Indian journal of veterinary science and animal husbandry - Volume 11,
Year: 1941
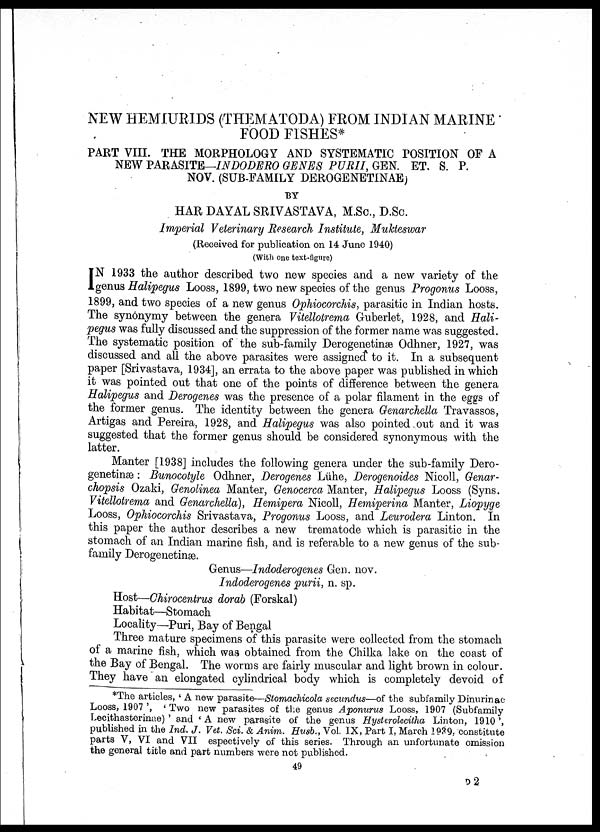
NEW HEMIURIDS (THEMATODA) FROM INDIAN MARINE
FOOD FISHES*
PART VIII. THE MORPHOLOGY AND SYSTEMATIC POSITION OF A
NEW PARASITE—INDODERO GENES PURII, GEN. ET. S. P.
NOV. (SUB-FAMILY DEROGENETITNAE)
BY
HAR DAYAL SRIVASTAVA, M. Sc., D. Sc.
Imperial Ve
(Received for publication on 14 June 1940)
(With one text-figure)
I N 1933 the author described two new species and a new variety of the
genus Halipegus Looss, 1899, two new species of the genus Progonus Looss,
1899, and two species of a new genus Ophiocorchis, parasitic in Indian hosts.
The synonymy between the genera Vitellotrema Guberlet, 1928, and Hali-
pegus was fully discussed and the suppression of the former name was suggested.
The systematic position of the sub-family Derogenetinæ Odhner, 1927, was
discussed and all the above parasites were assigned to it. In a subsequent
paper [Srivastava, 1934], an errata to the above paper was published in which
it was pointed out that one of the points of difference between the genera
Halipegus and Derogenes was the presence of a polar filament in the eggs of
the former genus. The identity between the genera Genarchella Travassos,
Artigas and Pereira, 1928, and Halipegus was also pointed out and it was
suggested that the former genus should be considered synonymous with the
latter.
Manter [1938] includes the following genera under the sub-family Dero-
genetinæ : Bunocotyle Odhner, Derogenes Lühe, Derogenoides Nicoll, Genar¬
chopsis Ozaki, Genolinea Manter, Genocerca Manter, Halipegus Looss (Syns.
Vitellotrema and Genarchella), Hemipera Nicoll, Hemiperina Manter, Liopyge
Looss, Ophiocorchis Srivastava, Progonus Looss, and Leurodera Linton. In
this paper the author describes a new trematode which is parasitic in the
stomach of an Indian marine fish, and is referable to a new genus of the sub-
family Derogenetinæ.
Genus—Indoderogenes Gen. nov.
Indoderogene
Host—Chirocentrus dorab (Forskal)
Habitat—Stomach
Locality—Puri, Bay of Bengal
Three mature specimens of this parasite were collected from the stomach
of a marine fish, which was obtained from the Chilka lake on the coast of
the Bay of Bengal. The worms are fairly muscular and light brown in colour.
They have an elongated cylindrical body which is completely devoid of
*The articles, ' A new parasite—Stomachicola secundus—of the subfamily Dinurinac
Looss, 1907 ', ' Two new parasites of the genus Aponurus Looss, 1907 (Subfamily
Lecithasterinae) ' and ' A new parasite of the genus Hysterolecitha Linton, 1910',
published in the Ind. J. Vet. Sci. & Anim. Husb. , Vol. IX, Part I, March 1939, constitute
parts V, VI and VII espectively of this series. Through an unfortunate omission
the general title and part numbers were not published.
49
D2